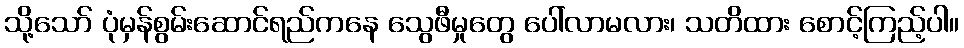
သို့သော် ပုံမှန်စွမ်းဆောင်ရည်ကနေ သွေဖီမှုတွေ ပေါ်လာမလား၊ သတိထား စောင့်ကြည့်ပါ။